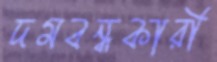
দমবন্ধকারী